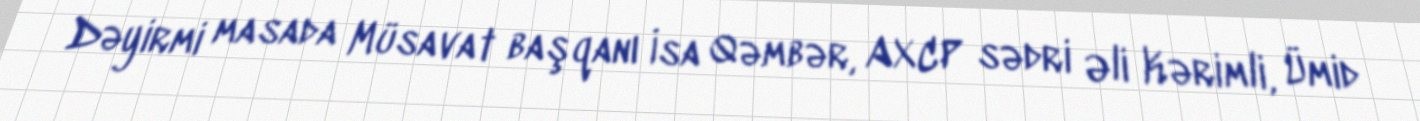
Dəyirmi masada Müsavat başqanı İsa Qəmbər, AXCP sədri Əli Kərimli, Ümid